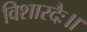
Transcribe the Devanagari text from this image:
विशारदैः॥